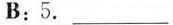
B;5.___